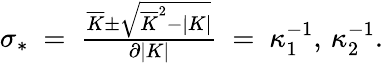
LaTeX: \begin{array}{r}{\sigma_{*}\ =\ \frac{\overline{{K}}\pm\sqrt{\overline{{K}}^{2}-|K|}}{\partial|K|}\ =\ \kappa_{1}^{-1},\, \kappa_{2}^{-1}.}\end{array}